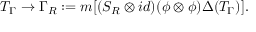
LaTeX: T _ { \Gamma } \to \Gamma _ { R } : = m [ ( S _ { R } \otimes i d ) ( \phi \otimes \phi ) \Delta ( T _ { \Gamma } ) ] .